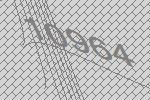
10964